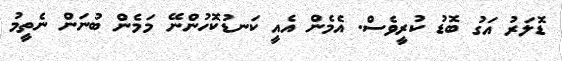
ޑޮލަރު އަގު ބޮޑު ކުރީވެސް. އެމެން އެއީ ކަނޑުކޮހުންނޭ މަމެން ބުނަން ނެތީމު